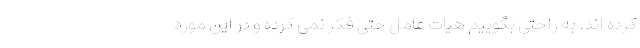
کرده اند. به راحتی بگوییم هیات عامل حتی فکر نمی کرده و در این مورد